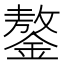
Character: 鏊